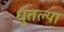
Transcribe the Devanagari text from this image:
धुतल्या